Leaving Certificate Examination, 1904
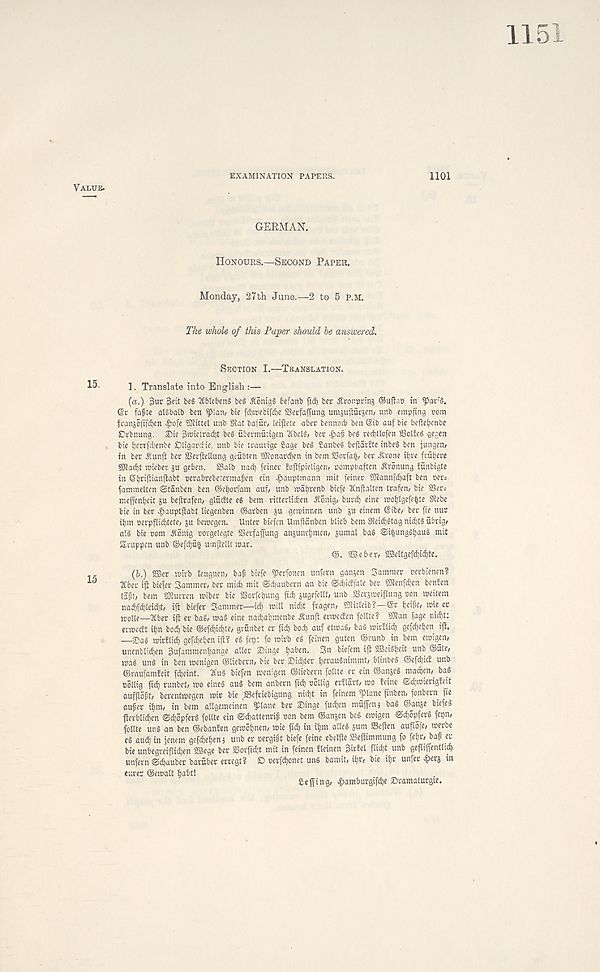
1151
EXAMINATION PAPERS.
GERMAN.
Honours.—Second Paper.
Monday, 27 th June.—2 to 5 p.m.
The whole of this Paper should he answered.
Section I.—Translation.
1. Translate into English :—
(a.) 3uc 3cit be§ 2Cblcben§ beS -StonigS befanb ftd) bee ^ronpnnj ®uftao in iJkrS.
©r fa^te aBbatb ben pan, bte fdjnwbifdje ffieefaffung urajujiurjen, unb empfing com
franjoftfdjcn >&ofe SCdittel unb S?at bafur, (ei| tete aber bennocb ben ©tb auf bte bejtetjenbe
£)rbnung. £)te 3n)ielrad)t be§ ubermuttgen ' JCbel, bee ^>af beg redjtlofen SSolieg gegen
bte tjerrfcbenbe Dltgarcbte. unb bte traurige Sage be§ Sanbeg bepartte tnbeg ben jungen,
in ber ^unft bee SJerfreUung geubten 9J?onaed)en in bem SSoefa^, bee iveone itjee frufyeee
50tadf)t mteber ju geben. SSalb nad) feinee toftipieligen, compbaften ^eonung funbigte
in ©ijeijtianftabt ceeabeebereemaften ein Hauptmann mit feinee 50tannfd)aft ben oee=
fammelten ©tanben ben ©etjoefam auf, unb icatjeenb biefe JCnftatten teafen, bie SSec^
nte(feni)eit ju bejleafen, glucfte eg bem eitteelidjen Sontg, bued) etne tcot)Igefe^te Sfi ebe
bie in bee ^auptjtabt liegenben ©aeben ju geminnen unb ju einem ©ibe, bee fte nuc
iijm oeepfiidjtete, ju betccgen. Untee biefen Umfianben blieb bem SReidjgtag nidjtg ubeig,
a*. g bte com .ft6nig corgelegte SSeefaffung anjunetjmen, jumal bag ©t^unggijaug mit
Stuppen unb ©efcfyufc umjiellt mar.
©. SBeber, 2Beltgefd)id)te.
(b.) 9Ber mirb teugnen, baf biefe ^erfonen unfern ganjen Summer oerbienen?
2Cber iji biefer Summer, bee mict) mit ©djaubern an bie ©d)icffale ber SJtenfdjen benfen
lafst, bem tureen miber bie SSorfetjung fid) jugefellt, unb SScrjraeiflung con meitem
nad)fc^Ieid)t, ift biefer Sammer—id) mill nidjt fragen, ?mitteib?—©r tjeife, mie cr
molle—Tibet ijt ee bag, mag eine nadjatjmenbe Jtunjt eemecEen foltte? COt an fage nid)t:
encedt ii)n bod) bie ©efd)id)te, grunbet er fid) bod) auf etmag, bag mirtlid) gefd)et)en ift.
—Sag mirfiid) gefdjeljen ijt? eg fep: fo mirb eg feinen guten ©runb in bem emig_en,
unenblid)en 3ufamment)ange alter IDinge t)aben. Sn bieiem ijt SBeigfyeit unb ©ute,
mag ung in ben menigen ©liebern, tie ber $id)ter tjeraugnimmt, blinbeg ©efdjic! unb
©raufamteit fdieint. 3£ug biefen menigen ©liebern follte er ein ©anjeg maajen, bag
collig fi ef) runbet, mo eineg aug bem anbern fid) oollig ertlart, mo teine ©djmierigteit
aufjtopt, berentmegen mir bie ;»efriebigung nid)t in feinem Pane finben, fonbern fie
auger il>m, in bem atlgemeinen Pane ber Singe fudjen muffenj bag ©jtnje biefeg
fterblid^en ©djopferg follte ein ©djattenrig con bem ©anjen beg emigen ©djopferg fepn,
follte ung an ben ©ebanfen gemopen, mie fid) in ii)m alleg sum Scjten auflofe, merbe
eg aud) in jenem gefd)el)en; unb er oergigt biefe feine ebeljte SSeftimmung fo fel)r, bag er
bie unbegveiftidjen 2Bege ber SSorfidjt mit in feinen fteinen Birfel flid)t unb geflijfentli^
unfern ©djauber baruber erregt? C oevfd)onet ung bamit, iijr, bie iljr unfer gets in
eurer ©email fjabt!
£ effing, ^amburgifdje ©ramalutgte.